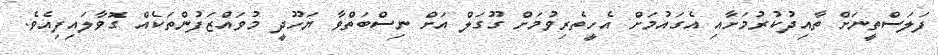
ފަލަސްތީނަށް ތާއިދުކުރުމަށާއި އެގައުމަށް އެހީތެރިވުމަށް ގޫގަލް އަށް ނިސްބަތްވާ ޔަހޫދީ މުވައްޒަފުންތަކެއް ގޮވާލައިފިއެވެ.